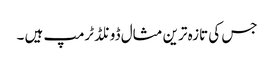
جس کی تازہ ترین مثال ڈونلڈ ٹرمپ ہیں ۔